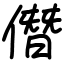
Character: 僭